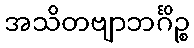
အသိတဗျာဘင်္ဂိဉ္စ